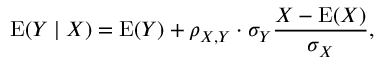
\operatorname { E } ( Y \mid X ) = \operatorname { E } ( Y ) + \rho _ { X , Y } \cdot \sigma _ { Y } { \frac { X - \operatorname { E } ( X ) } { \sigma _ { X } } } ,